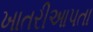
ખાતરીઆપતા